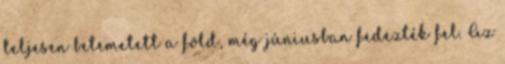
teljesen betemetett a föld, még júniusban fedezték fel. Az